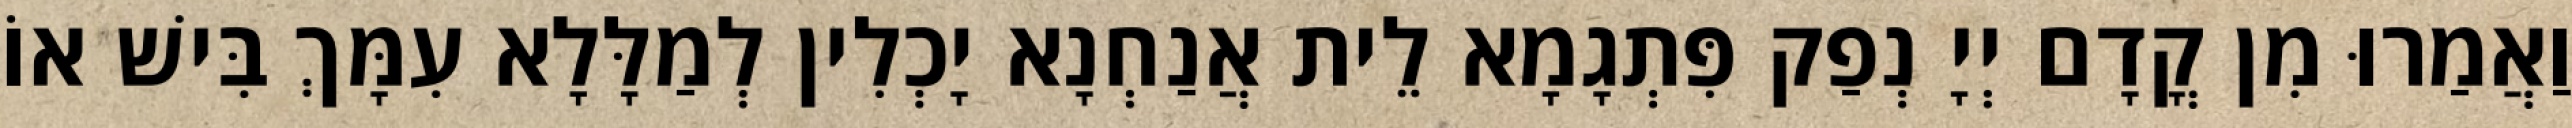
וַאֲמַרוּ מִן קֳדָם יְיָ נְפַק פִּתְגָמָא לֵית אֲנַחְנָא יָכְלִין לְמַלָּלָא עִמָּךְ בִּישׁ אוֹ